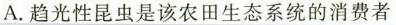
A.趋光性昆虫是该农田生态系统的消费者